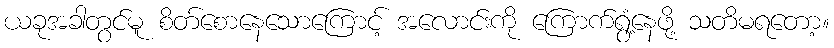
ယခုအခါတွင်မူ စိတ်စောနေသောကြောင့် အလောင်းကို ကြောက်ရွံ့နေဖို့ သတိမရတော့။